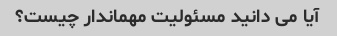
آیا می دانید مسئولیت مهماندار چیست؟